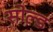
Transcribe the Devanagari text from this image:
सोल्‍ड